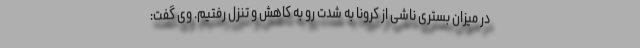
در میزان بستری ناشی از کرونا به شدت رو به کاهش و تنزل رفتیم. وی گفت: